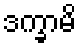
ဒက္ခာမိ